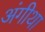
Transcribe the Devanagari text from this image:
अंगीथा